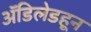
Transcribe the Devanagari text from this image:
ॲडिलेडहून